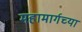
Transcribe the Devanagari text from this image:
महामार्गच्या